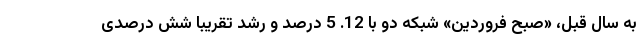
به سال قبل، «صبح فروردین» شبکه دو با 12. 5 درصد و رشد تقریبا شش درصدی